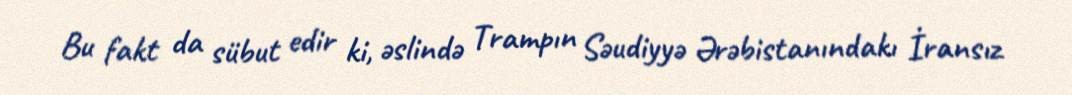
Bu fakt da sübut edir ki, əslində Trampın Səudiyyə Ərəbistanındakı İransız